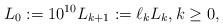
LaTeX: \begin{align*} L_0 := 10^{10} L_{k + 1} := \ell_k L_k, k \geq 0,\end{align*}